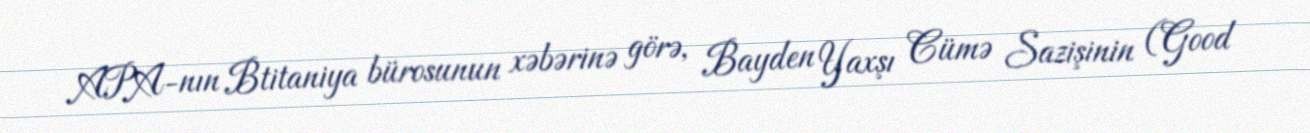
APA-nın Btitaniya bürosunun xəbərinə görə, Bayden Yaxşı Cümə Sazişinin (Good